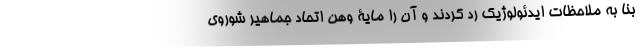
بنا به ملاحظات ایدئولوژیک رد کردند و آن را مایۀ وهن اتحاد جماهیر شوروی